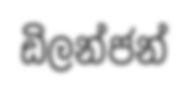
ඩිලන්ජන්